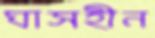
ঘাসহীন